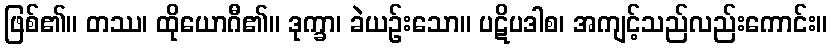
ဖြစ်၏။ တဿ၊ ထိုယောဂီ၏။ ဒုက္ခာ၊ ခဲယဉ်းသော။ ပဋိပဒါစ၊ အကျင့်သည်လည်းကောင်း။